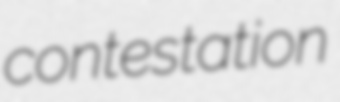
contestation